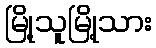
မြို့သူမြို့သား